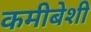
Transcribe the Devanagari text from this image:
कमीबेशी